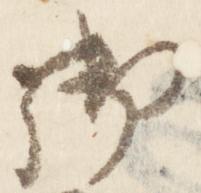
御